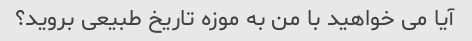
آیا می خواهید با من به موزه تاریخ طبیعی بروید؟